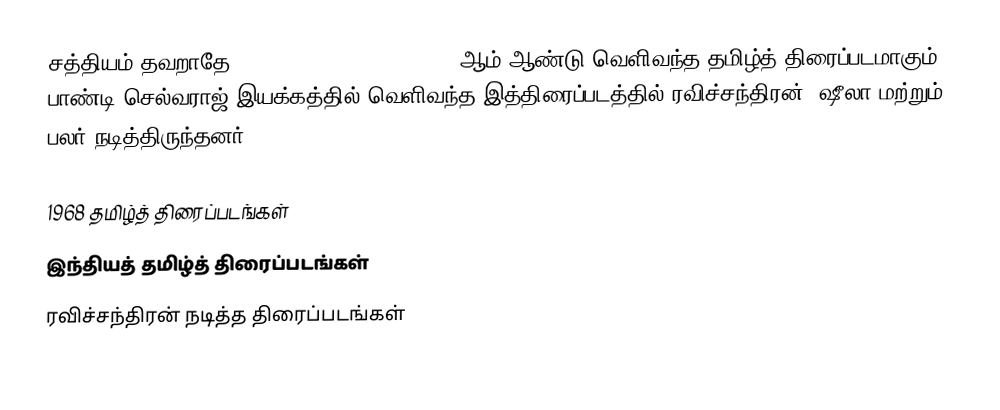
சத்தியம் தவறாதே (Sathiyam Thavarathe) 1968 ஆம் ஆண்டு வெளிவந்த தமிழ்த் திரைப்படமாகும். பாண்டி செல்வராஜ் இயக்கத்தில் வெளிவந்த இத்திரைப்படத்தில் ரவிச்சந்திரன், ஷீலா மற்றும் பலர் நடித்திருந்தனர்.

1968 தமிழ்த் திரைப்படங்கள்
இந்தியத் தமிழ்த் திரைப்படங்கள்
ரவிச்சந்திரன் நடித்த திரைப்படங்கள்